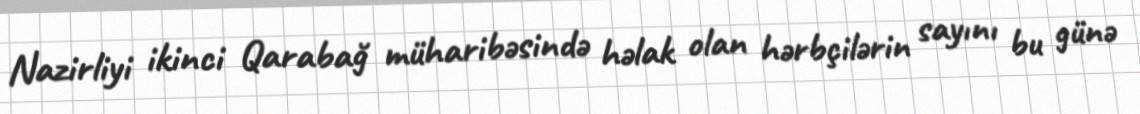
Nazirliyi ikinci Qarabağ müharibəsində həlak olan hərbçilərin sayını bu günə